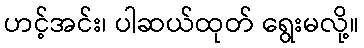
ဟင့်အင်း၊ ပါဆယ်ထုတ် ရွေးမလို့။